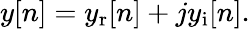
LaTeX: y[n]=y_{\mathrm{r}}[n]+jy_{\mathrm{i}}[n].